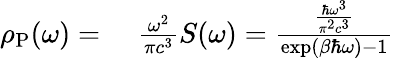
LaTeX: \begin{array}{rl}{\rho_{\mathrm{P}}(\omega)=}&{{}\, \, \frac{\omega^{2}}{\pi c^{3}}S(\omega)=\frac{\frac{\hbar\omega^{3}}{\pi^{2}c^{3}}}{\exp\left(\beta\hbar\omega\right)-1}}\end{array}